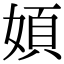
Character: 㛲